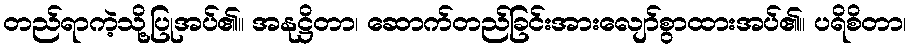
တည်ရာကဲ့သို့ပြုအပ်၏။ အနုဋ္ဌိတာ၊ ဆောက်တည်ခြင်းအားလျော်စွာထားအပ်၏။ ပရိစိတာ၊